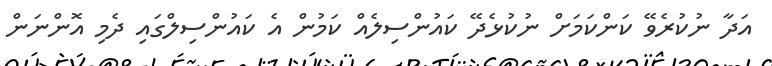
އަދާ ނުކުރެވޭ ކަންކަމަށް ނުކުޅެދޭ ކައުންސިލެއް ކަމުން އެ ކައުންސިލްގައި ދެމި އޮންނަން